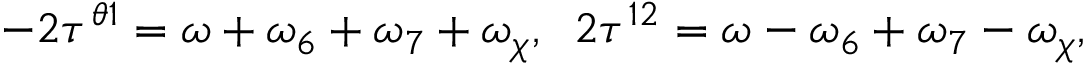
- 2 \tau ^ { \theta 1 } = \omega + \omega _ { 6 } + \omega _ { 7 } + \omega _ { \chi } , \; \; 2 \tau ^ { 1 2 } = \omega - \omega _ { 6 } + \omega _ { 7 } - \omega _ { \chi } ,